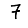
Digit: 7